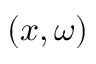
( x , \omega )